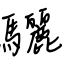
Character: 驪